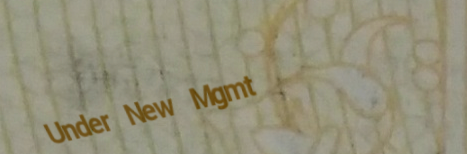
Under New Mgmt